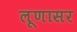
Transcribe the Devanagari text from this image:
लूणासर